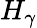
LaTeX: H_{\gamma}